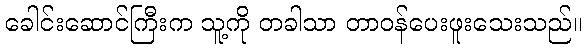
ခေါင်းဆောင်ကြီးက သူ့ကို တခါသာ တာဝန်ပေးဖူးသေးသည်။